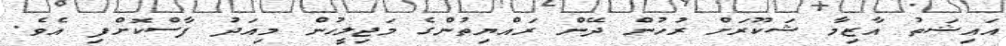
އައިޝަތު އާޒިމާ ޝަކޫރަށް ރުހުން ދޭން ރައްޔިތުންގެ މަޖިލީހުން މިއަދު ފާސްކޮށްފި އެވެ.